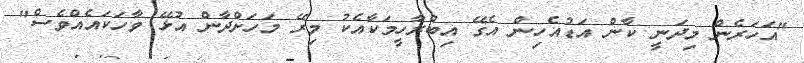
"އަހަރެން މިދަނީ ކާން އަޑުއެހިން އެގޭ އިބްރާހީމަކާއެކު މިރޭ މަހަށްދާން އުޅޭ ވާހަކައެއްވެސް"